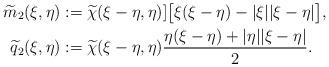
LaTeX: \begin{align*}\widetilde{m}_2(\xi,\eta) & := \widetilde{\chi}(\xi-\eta,\eta)] \big[ \xi(\xi-\eta)-|\xi||\xi-\eta| \big],\\\widetilde{q}_2(\xi,\eta) & := \widetilde{\chi}(\xi-\eta,\eta)\frac{\eta(\xi-\eta)+|\eta||\xi-\eta|}{2}.\end{align*}